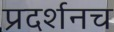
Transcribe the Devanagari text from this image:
प्रदर्शनच